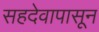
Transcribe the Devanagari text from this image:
सहदेवापासून